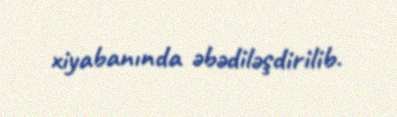
xiyabanında əbədiləşdirilib.